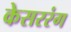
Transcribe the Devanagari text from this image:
केसररंग